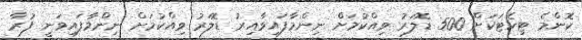
ކޮންމެ ޓިކެޓަކަށް 500 ޑޮލަރު ވިއްކުމަށް ނިންމާފައިވާއިރު ޑޮލަރު ވިއްކުމަށް ނިންމާފައިވަނީ ފުރާ